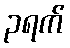
၃ရက်